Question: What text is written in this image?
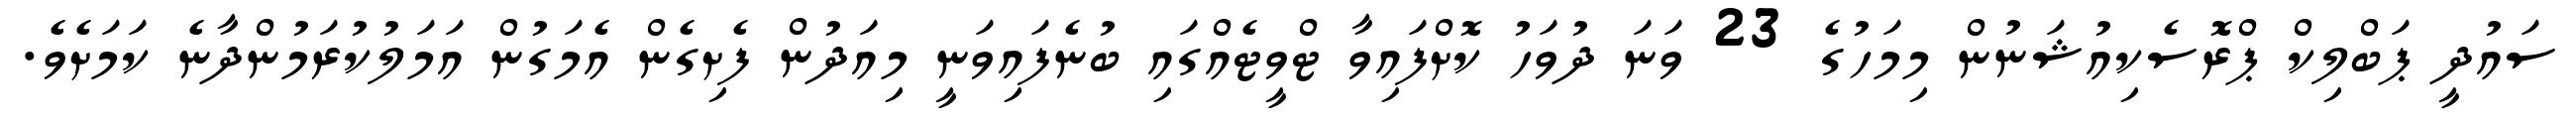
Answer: ސައުދީ ޕަބްލިކް ޕްރޮސެކިއުޝަނުން މިމަހުގެ 23 ވަނަ ދުވަހު ކޮށްފައިވާ ޓްވީޓެއްގައި ބުނެފައިވަނީ މިއަދުން ފެށިގެން އެމަގުން އަމަލުކުރަމުންދާނެ ކަމަށެވެ.